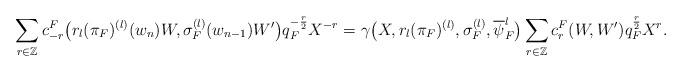
LaTeX: \begin{align*}\sum_{r \in \mathbb{Z}} c^F_{-r}\big(r_l(\pi_F)^{(l)}(w_n)W,\sigma_F^{(l)}(w_{n-1})W'\big)q_F^{-\frac{r}{2}}X^{-r} = \gamma\big(X, r_l(\pi_F)^{(l)}, \sigma_F^{(l)},\overline{\psi}_F^l\big)\sum_{r \in \mathbb{Z}} c^F_r(W,W')q_F^{\frac{r}{2}}X^{r}.\end{align*}